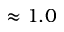
\approx 1 . 0